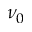
\nu _ { 0 }